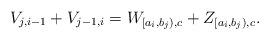
LaTeX: \begin{align*}V_{j,i-1} + V_{j-1,i} = W_{[a_i,b_j),c}+Z_{[a_i,b_j),c}.\end{align*}